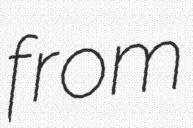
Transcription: from